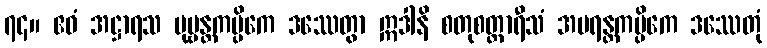
၇၄။ ဧဝံ အဋ္ဌာရသ ပုဗ္ဗန္တကပ္ပိကေ ဒဿေတွာ ဣဒါနိ စတုစတ္တာရီသံ အပရန္တကပ္ပိကေ ဒဿေတုံ